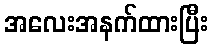
အလေးအနက်ထားပြီး